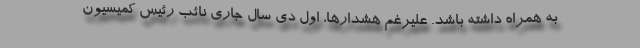
به همراه داشته باشد. علیرغم هشدارها، اول دی سال جاری نائب رئیس کمیسیون